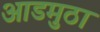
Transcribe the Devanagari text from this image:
आडमुठा